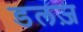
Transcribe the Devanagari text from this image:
डलज़